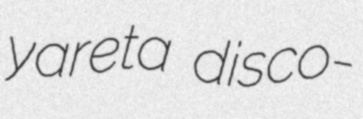
yareta disco-